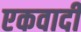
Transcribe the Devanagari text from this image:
एकवादी